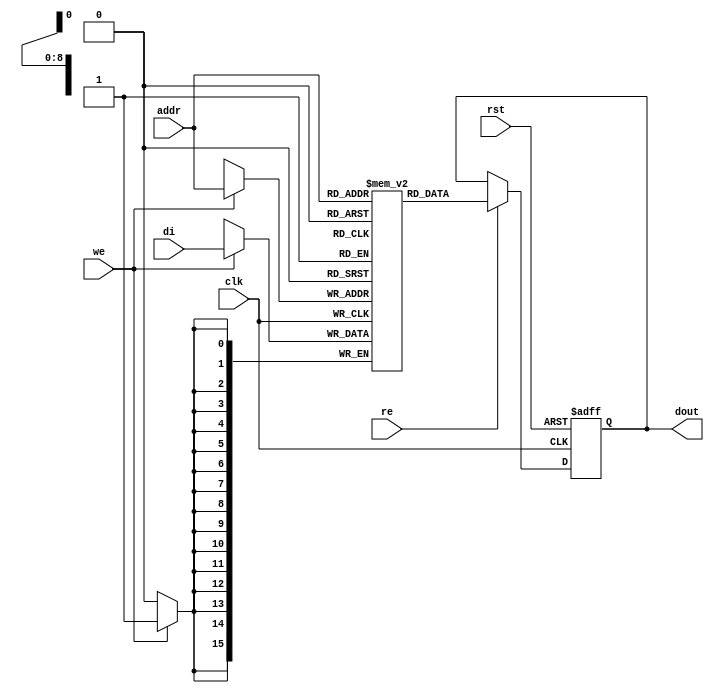

module rams_sp_re_we_asynch_rst_512x16_logic (clk, rst, we, re, addr, di, dout);
input clk, rst;
input we, re;
input [8:0] addr;
input [15:0] di;
output reg [15:0] dout;

(* ram_style = "logic" *)
reg [15:0] RAM [511:0];
// reg [31:0] dout;


always @(posedge clk)
    begin
        if (we)
            RAM[addr] <= di;
    end

always @(posedge clk, posedge rst)
    begin
        if (rst)
            dout <= 0;
        else if (re)
            dout <= RAM[addr];
    end

endmodule